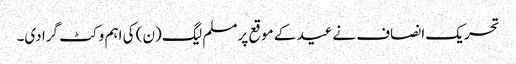
تحریک انصاف نےعید کے موقع پرمسلم لیگ (ن) کی اہم وکٹ گرا دی۔